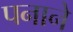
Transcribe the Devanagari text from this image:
पनाने